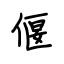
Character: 偃